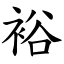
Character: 裕